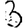
Digit: 3